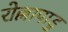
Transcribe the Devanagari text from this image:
रोल्लापाडु